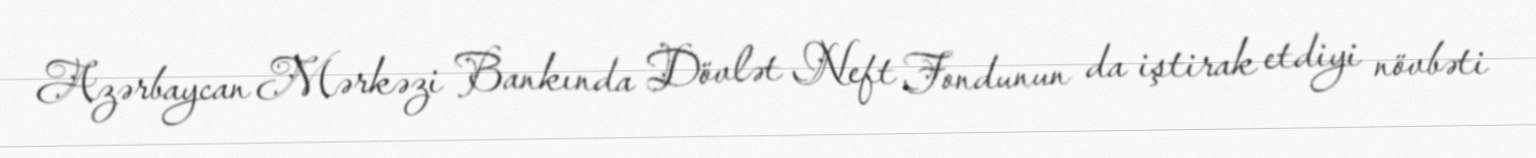
Azərbaycan Mərkəzi Bankında Dövlət Neft Fondunun da iştirak etdiyi növbəti